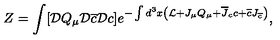
Z = \int [ { \cal D } Q _ { \mu } { \cal D } \overline { { c } } { \cal D } c ] e ^ { - \int d ^ { 3 } x \left( { \cal L } + J _ { \mu } Q _ { \mu } + \overline { { J } } _ { c } c + \overline { { c } } J _ { \overline { c } } \right) } ,